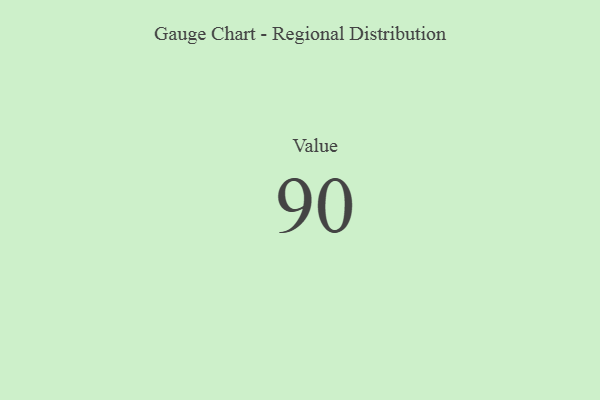
{"axis": {"x": "Metric", "y": "Value"}, "legend": [""], "data": [{"x": "Value", "y": 90, "type": ""}]}